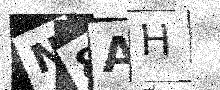
Text: N8AH